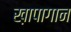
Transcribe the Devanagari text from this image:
ख़ापागान